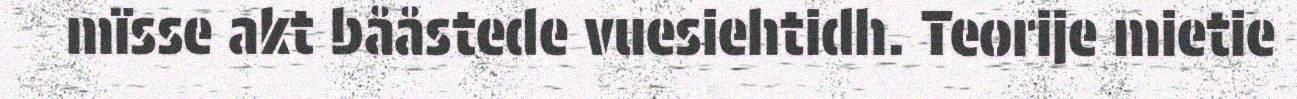
mïsse akt bååstede vuesiehtidh. Teorije mietie